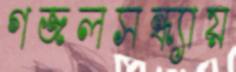
গজলসন্ধ্যায়